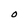
Character: 0